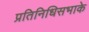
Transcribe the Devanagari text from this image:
प्रतिनिधिसभाके